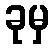
ခုမှ